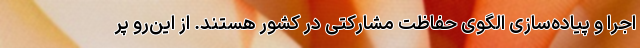
اجرا و پیاده‌سازی الگوی حفاظت مشارکتی در کشور هستند. از این‌رو پر